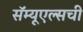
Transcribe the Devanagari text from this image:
सॅम्यूएल्सची